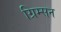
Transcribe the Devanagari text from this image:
ग्रिम्सन